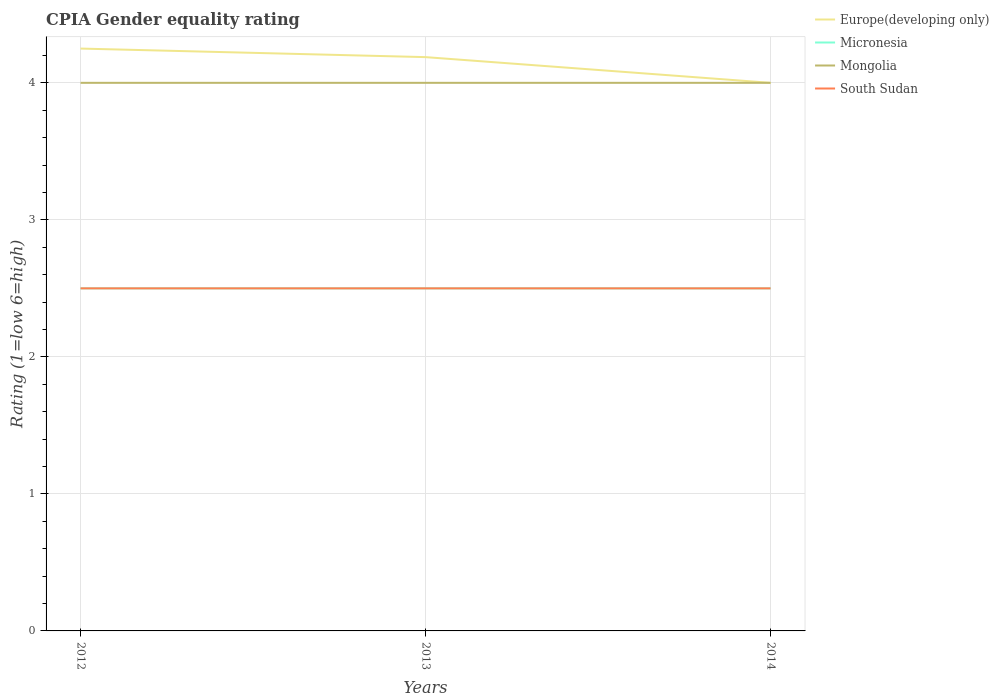
| Years | Europe(developing only) | Micronesia | Mongolia | South Sudan |
 | --- | --- | --- | --- | --- |
 | 2012 | 4.25 | 2.5 | 4 | 2.5 |
 | 2013 | 4.19 | 2.5 | 4 | 2.5 |
 | 2014 | 4 | 2.5 | 4 | 2.5 |